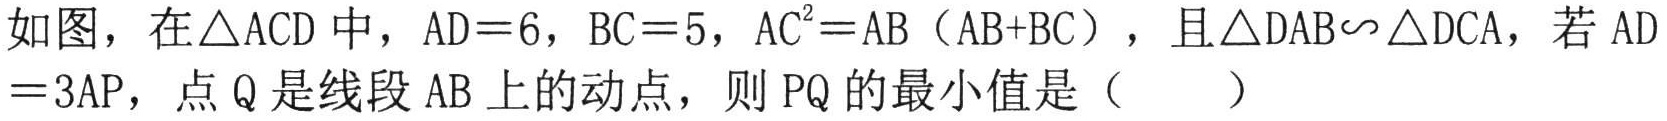
如图，在\(\triangle ACD\)中，\(AD = 6\)，\(BC = 5\)，\(AC^{2}=AB(AB + BC)\)，且\(\triangle DAB\backsim\triangle DCA\)，若\(AD = 3AP\)，点\(Q\)是线段\(AB\)上的动点，则\(PQ\)的最小值是（  ）